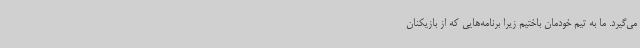
می‌گیرد. ما به تیم خودمان باختیم زیرا برنامه‌هایی که از بازیکنان